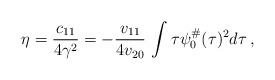
LaTeX: \begin{align*}\eta = \frac{c_{11}}{4\gamma^2} = - \frac{v_{11}}{4 v_{20}} \, \int \tau \psi_0^\#(\tau)^2 d\tau \, ,\end{align*}